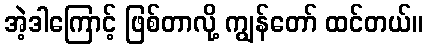
အဲ့ဒါကြောင့် ဖြစ်တာလို့ ကျွန်တော် ထင်တယ်။